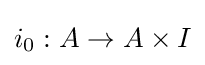
i_{0}:A\to A\times I